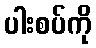
ပါးစပ်ကို